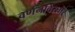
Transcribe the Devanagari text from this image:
वर्णनविस्तार